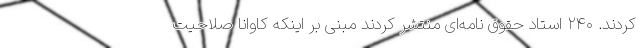
کردند. ۲۴۰ استاد حقوق نامه‌ای منتشر کردند مبنی بر اینکه کاوانا صلاحیت